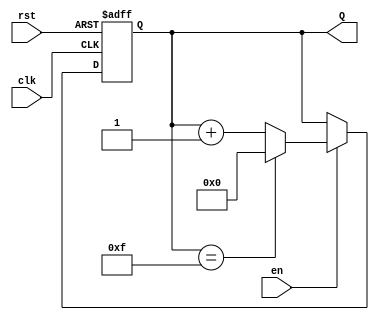
module SynchronousCounter (
    input wire clk,            // Clock input
    input wire rst,            // Asynchronous reset input
    input wire en,             // Enable input
    output reg [N-1:0] Q       // Count output (N bits wide)
);

parameter N = 4; // Number of bits in the counter (change as needed)
parameter MAX_COUNT = (1 << N) - 1; // Maximum count value (2^N - 1)

always @(posedge clk or posedge rst) begin
    if (rst) begin
        Q <= 0; // Reset the counter to 0
    end else if (en) begin
        if (Q == MAX_COUNT) begin
            Q <= 0; // Wrap around to 0 if maximum count is reached
        end else begin
            Q <= Q + 1; // Increment the counter
        end
    end
end

endmodule